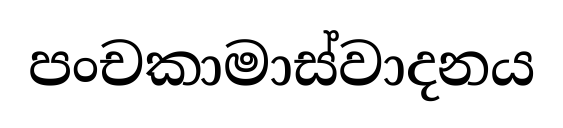
පංචකාමාස්වාදනය